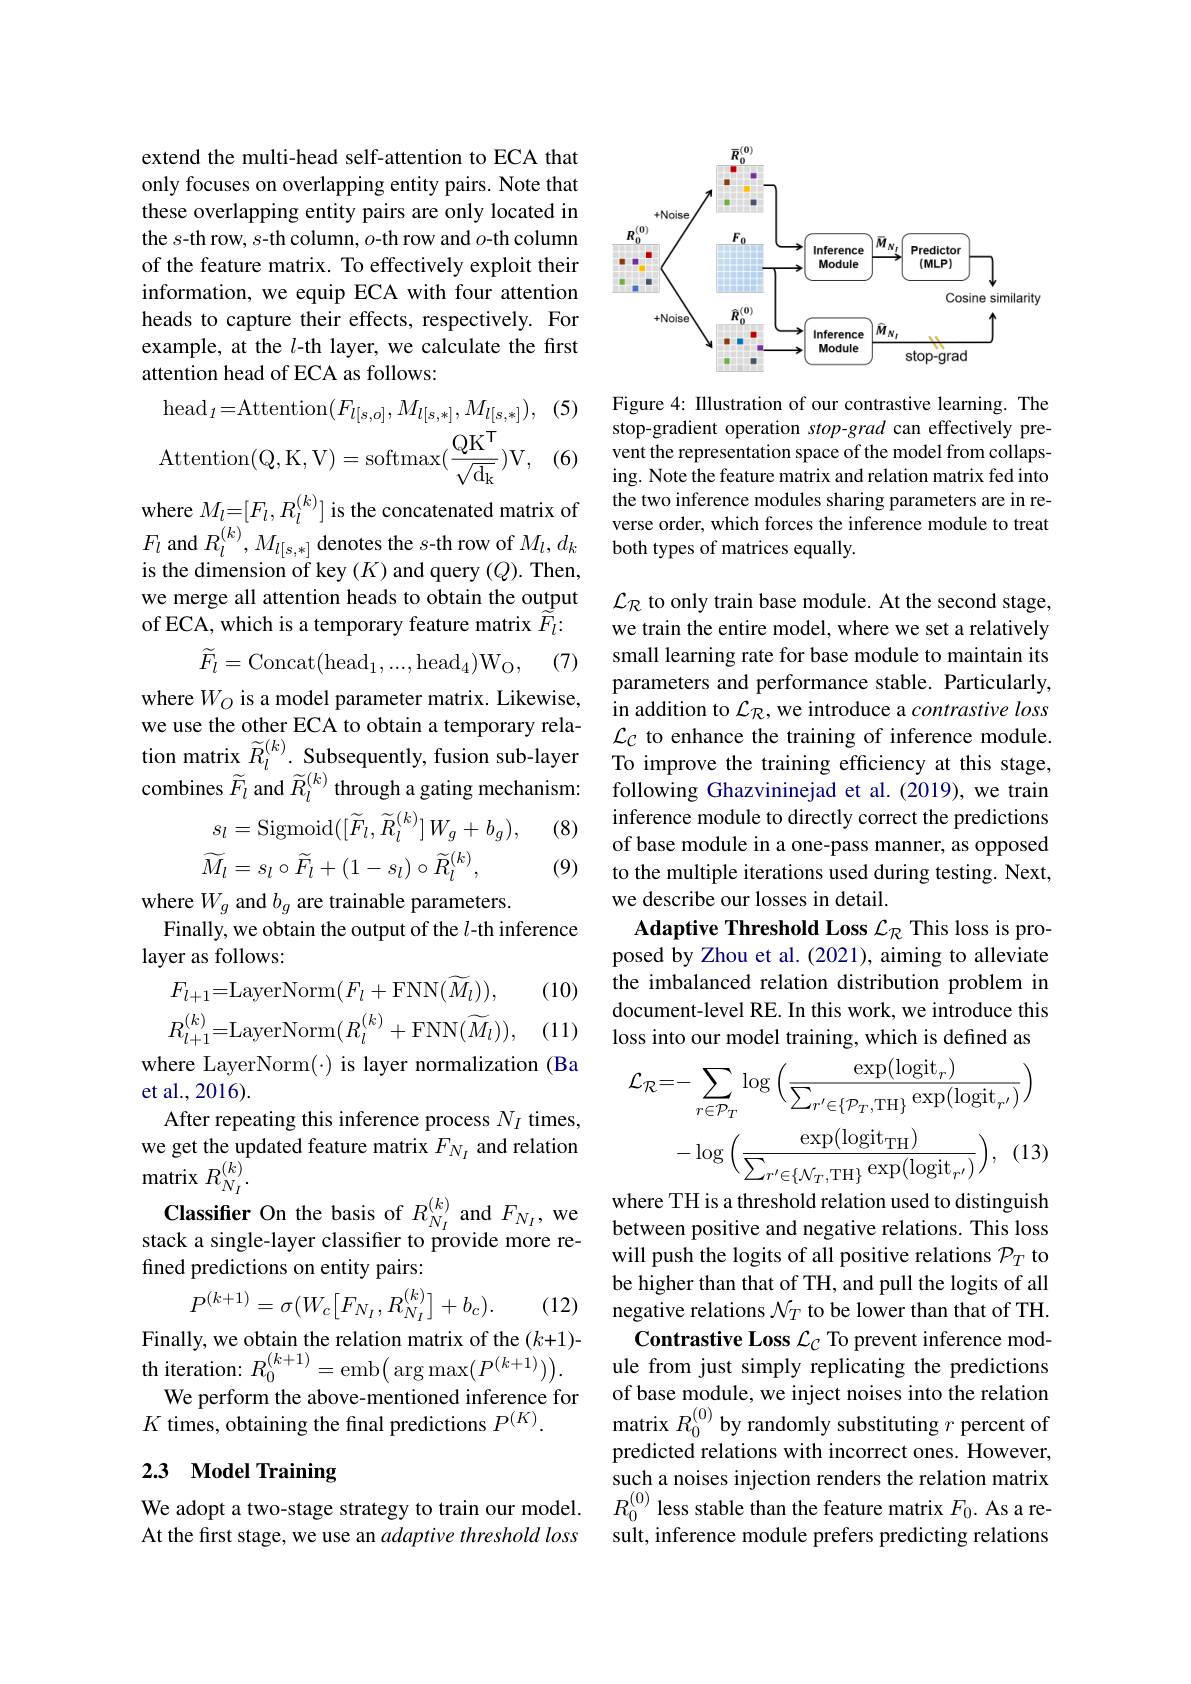
extend the multi-head self-attention to ECA that only focuses on overlapping entity pairs. Note that these overlapping entity pairs are only located in the s-th row, s-th column, $o$-th row and $o$-th column of the feature matrix. To effectively exploit their information, we equip ECA with four attention heads to capture their effects, respectively.For example, at the $l$-th layer, we calculate the first attention head of ECA as follows:

(5)
$$\mathrm{head}_{I}=\mathrm{Attention}(F_{l[s,o]},M_{l[s,*]},M_{l[s,*]}),\\\mathrm{Attention}(\mathrm{Q},\mathrm{K},\mathrm{V})=\mathrm{softmax}(\frac{\mathrm{QK}^{\mathsf{T}}}{\sqrt{\mathrm{d_{k}}}})\mathrm{V},$$
(6)

where $M_l=[F_l,R_l^{(k)}]$ is the concatenated matrix of is the dimension of key $(K)$ and query $(Q).$ Then, we merge all attention heads to obtain the output of ECA, which is a temporary feature matrix $\widetilde{F}_l{:}$
$$\widetilde{F}_{l}=\mathrm{Concat}(\mathrm{head}_{1},...,\mathrm{head}_{4})\mathrm{W}_{\mathrm{O}},$$
(7)

where $W_{O}$ is a model parameter matrix. Likewise, we use the other ECA to obtain a temporary relation matrix $\widetilde{R}_l^{(k)}$.Subsequently, fusion sub-layer $\mathcal{L} _C$ to enhance the traınıng of nterence module. combines $\widetilde{F}_l$ and $\widetilde{R}_l^{(k)}$ through a gating mechanism: following Ghazvininejad et al. (2019), we train

(8)
$$\begin{aligned}s_{l}&=\mathrm{Sigmoid}([\widetilde{F}_{l},\widetilde{R}_{l}^{(k)}]\:W_{g}+b_{g}),\\\widetilde{M}_{l}&=s_{l}\circ\widetilde{F}_{l}+(1-s_{l})\circ\widetilde{R}_{l}^{(k)},\\\end{aligned}$$
(9)

where $W_g$ and $b_g$ are trainable parameters.
Finally, we obtain the output of the $l$-th inference
layer as follows:
$$F_{l+1}=\mathrm{LayerNorm}(F_{l}+\mathrm{FNN}(\widetilde{M_{l}})),\\R_{l+1}^{(k)}=\mathrm{LayerNorm}(R_{l}^{(k)}+\mathrm{FNN}(\widetilde{M_{l}})),$$
(10)

(11)

where LayerNorm(\cdot) is layer normalization (Ba
et al., 2016).
After repeating this inference process $N_I$ times, we get the updated feature matrix $F_{N_I}$ and relation matrix $R_{N_I}^{(k)}.$
Classifier On the basis of $R_{N_I}^{(k)}$ and $F_{N_I}$, we $\begin{array} { c c } \mathrm{where~TH~is~a~threshold~relation~used~to~distinguish}\\ \mathrm{between~positive~and~neeative~relations. ~This~loss}\end{array}$
stack a single-layer classifier to provide more re-
fined predictions on entity pairs:
$$P^{(k+1)}=\sigma(W_{c}\big[F_{N_{I}},R_{N_{I}}^{(k)}\big]+b_{c}).$$
(12)

Finally, we obtain the relation matrix of the $(k+1)$- th iteration: $R_0^{(k+1)}=$emb$\big(\arg\max\big(P^{(k+1)}\big)\big).$
We perform the above-mentioned inference for
$K$ times, obtaining the final predictions $P^{(K)}.$

# 2.3 Model Training

At the first stage, we use an adaptive threshold loss

<FigureHere>

Figure 4: Illustration of our contrastive learning. The stop-gradient operation stop-grad can effectively prevent the representation space of the model from collapsing. Note the feature matrix and relation matrix fed into the two inference modules sharing parameters are in reverse order, which forces the inference module to treat
$F_{l}$ and $R_{l}^{( k) }, M_{l[ s, * ] }$ denotes the $s$- th row of $M_{l}, d_{k}$both types of matrices equally. is the dimension of kev$( K)$ and auerv $( O)$ Then

$\mathcal{L}_{\mathcal R}$ to only train base module. At the second stage, we train the entire model, where we set a relatively small learning rate for base module to maintain its parameters and performance stable. Particularly, in addition to $\mathcal{L}_{\mathcal{R}}$,we introduce a contrastive loss $\mathcal{L}_C$ to enhance the training of inference module. inference module to directly correct the predictions of base module in a one-pass manner, as opposed to the multiple iterations used during testing. Next, we describe our losses in detail.
Adaptive Threshold Loss $\mathcal{L}_{\mathcal{R}}$ This loss is proposed by Zhou et al. (2021), aiming to alleviate the imbalanced relation distribution problem in document-level RE. In this work, we introduce this loss into our model training, which is defined as
$$\mathcal{L}_{\mathcal{R}}=-\sum_{r\in\mathcal{P}_{T}}\log\Big(\frac{\exp(\mathrm{logit}_{r})}{\sum_{r'\in\{\mathcal{P}_{T},\mathrm{TH}\}}\exp(\mathrm{logit}_{r'})}\Big)$$
$$-\log\Big(\frac{\exp(\mathrm{logit}_{\mathrm{TH}})}{\sum_{r'\in\{\mathcal{N}_{T},\mathrm{TH}\}}\exp(\mathrm{logit}_{r'})}\Big),$$
between positive and negative relations. This loss will push the logits of all positive relations $\mathcal{P}_T$ to be higher than that of TH, and pull the logits of all negative relations $\mathcal{N}_T$ to be lower than that of TH.
Contrastive Loss $\mathcal{L}_C$ To prevent inference module from just simply replicating the predictions of base module, we inject noises into the relation matrix $R_0^{(0)}$ by randomly substituting $r$ percent of predicted relations with incorrect ones. However, such a noises injection renders the relation matrix
We adopt a two-stage strategy to train our model. $R_{0}^{(0)}$ less stable than the feature matrix $F_{0}$. As a re-
sult, inference module prefers predicting relations